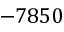
- 7 8 5 0